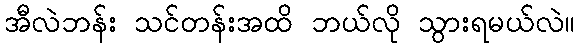
အီလဲဘန်း သင်တန်းအထိ ဘယ်လို သွားရမယ်လဲ။